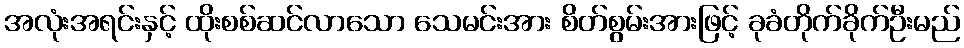
အလုံးအရင်းနှင့် ထိုးစစ်ဆင်လာသော သေမင်းအား စိတ်စွမ်းအားဖြင့် ခုခံတိုက်ခိုက်ဦးမည်